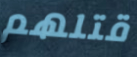
قتلهم